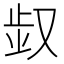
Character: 𠭓